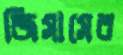
জিসাসের